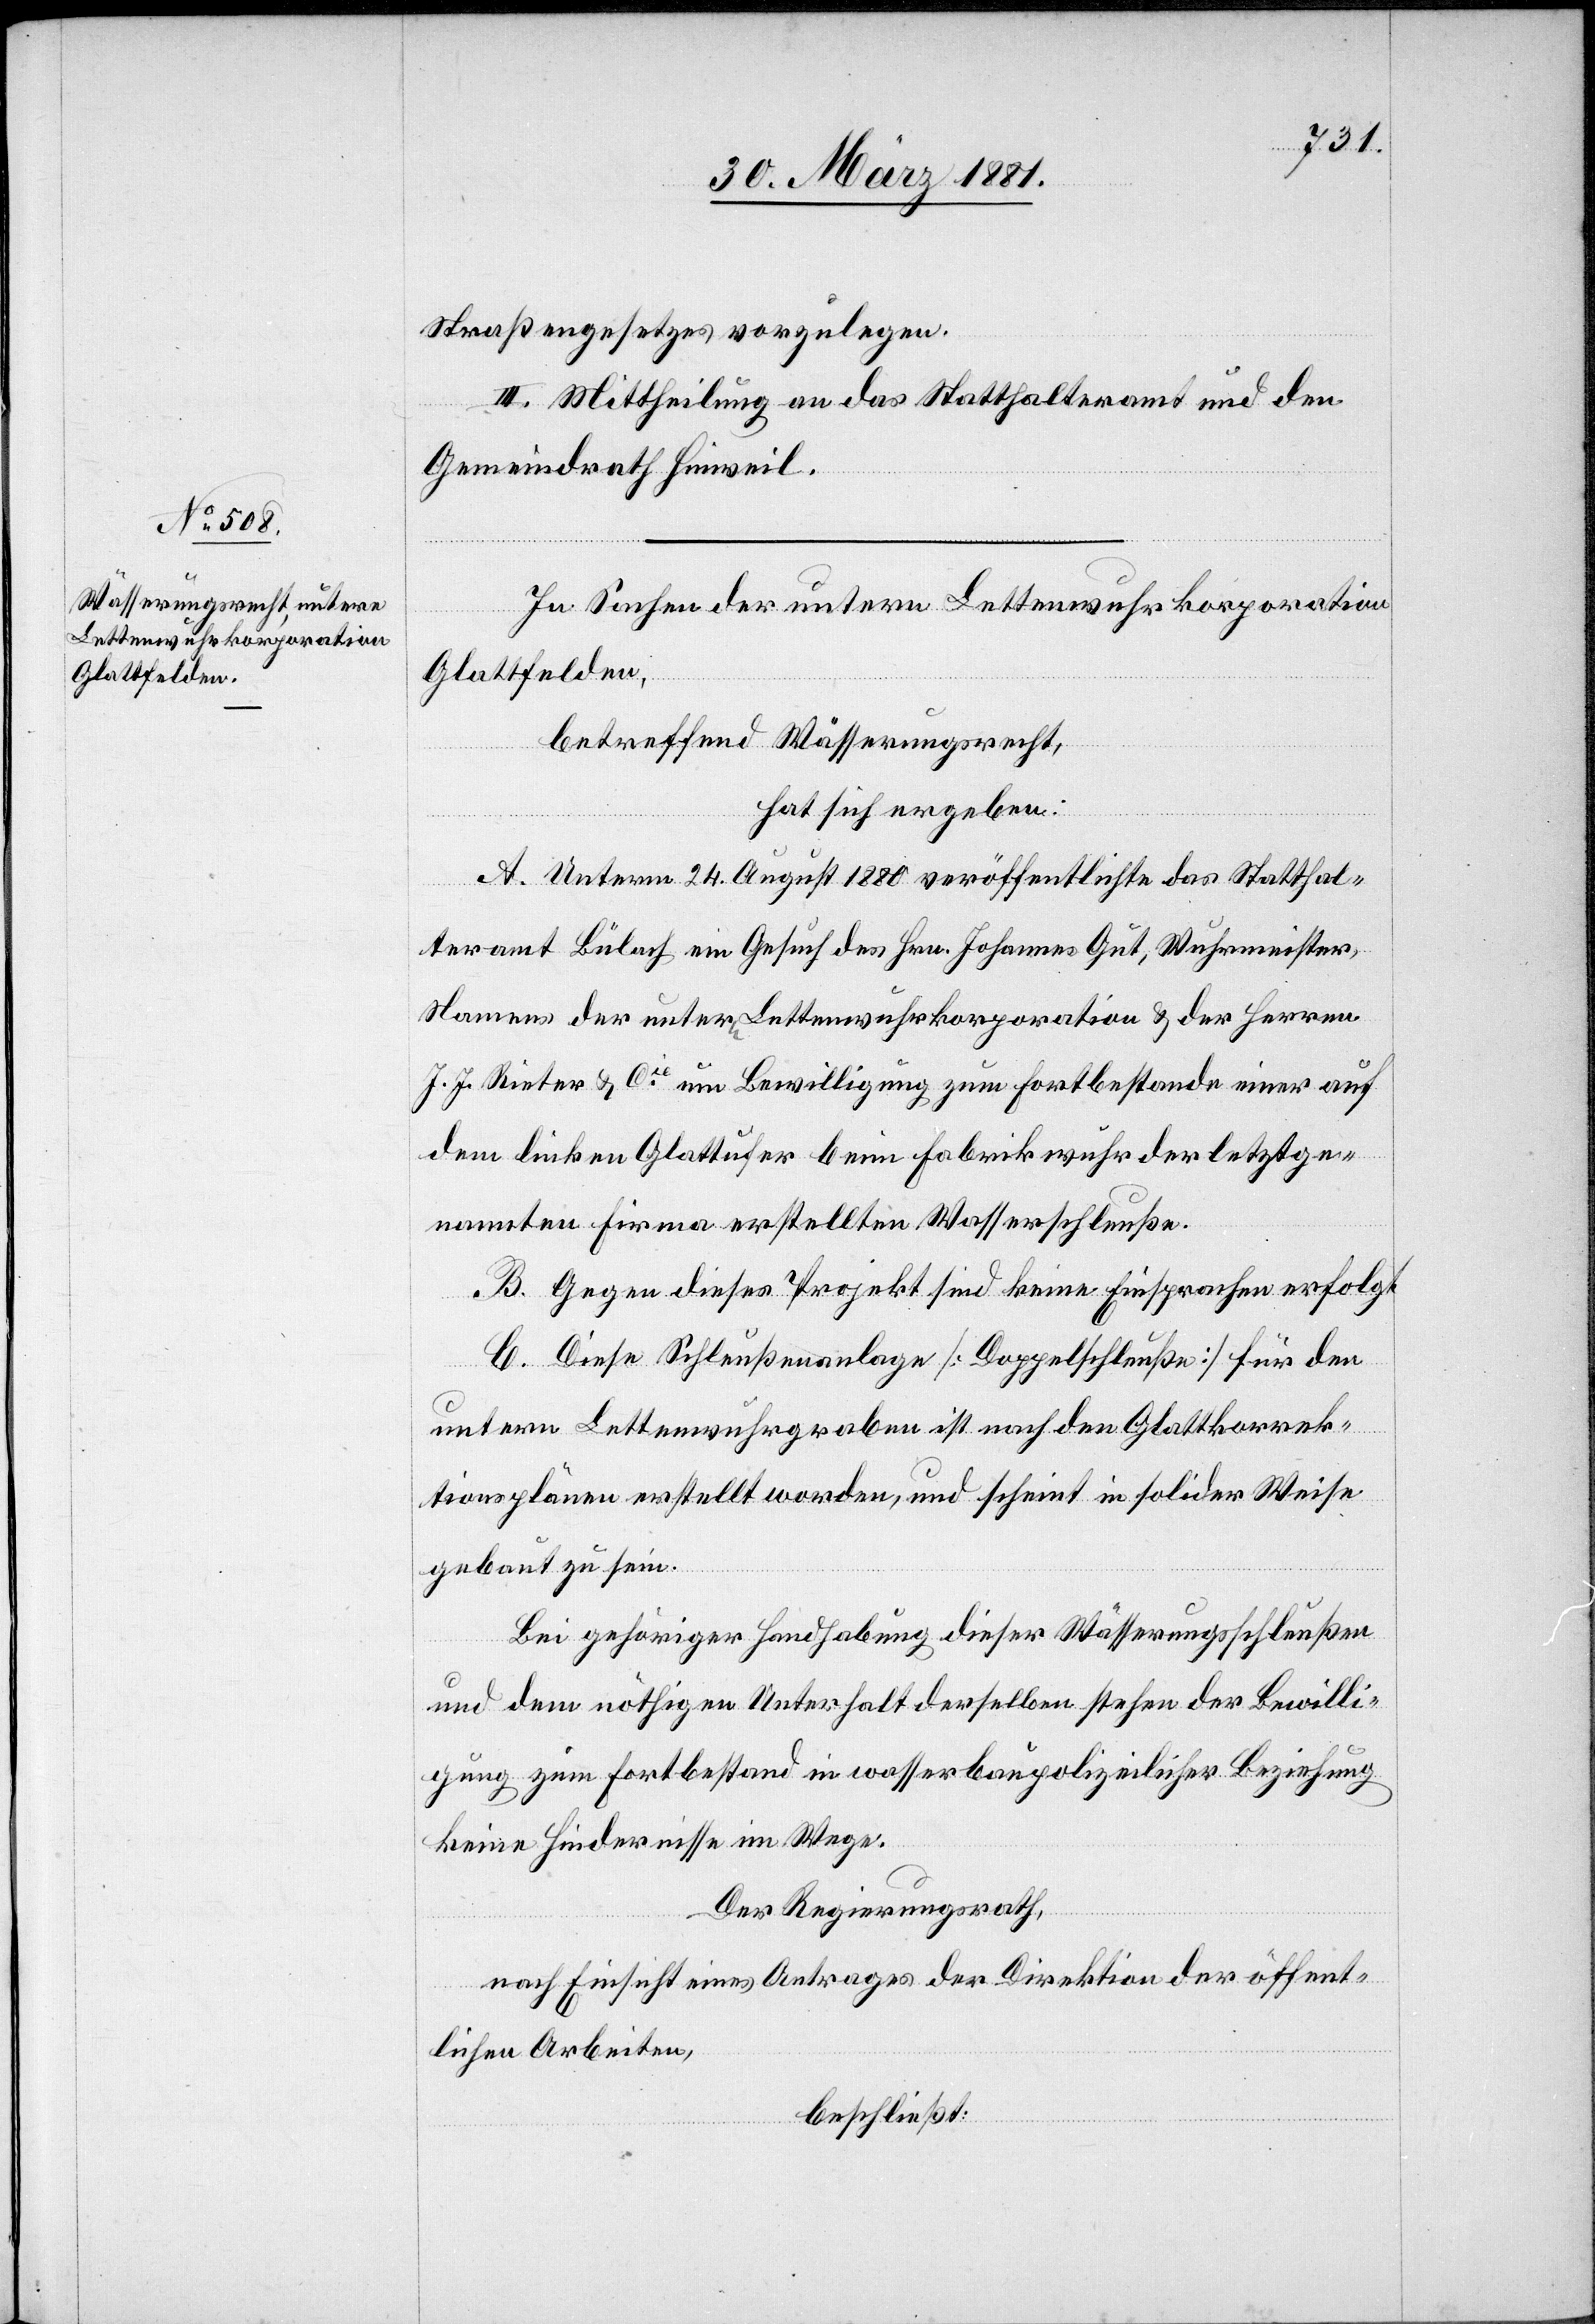
Straßengesetzes vorzulegen.
II. Mittheilung an das Statthalteramt und den
Gemeindrath Hinweil.
In Sachen der untern Lettenwuhrkorporation
Glattfelden,
betreffend Wässerungsrecht,
hat sich ergeben:
A. Unterm 24. August 1880 veröffentlichte das Statthal¬
teramt Bülach ein Gesuch des Hrn. Johannes Gut, Wuhrmeister,
Namens der untern Lettenwuhrkorporation & der Herren
J. J. Rieter & Cie um Bewilligung zum Fortbestande einer auf
dem linken Glattufer beim Fabrikwuhr der letztge¬
nannten Firma erstellten Wasserschleuße.
B. Gegen dieses Projekt sind keine Einsprachen erfolgt.
C. Diese Schleußenanlage [Doppelschleuße] für den
untern Lettenwuhrgraben ist nach den Glattkorrek¬
tionsplänen erstellt worden, und scheint in solider Weise
gebaut zu sein.
Bei gehöriger Handhabung dieser Wässerungsschleußen
und dem nöthigen Unterhalt derselben stehen der Bewilli¬
gung zum Fortbestand in wasserbaupolizeilicher Beziehung
keine Hindernisse im Wege.
Der Regierungsrath,
nach Einsicht eines Antrages der Direktion der öffent¬
lichen Arbeiten,
beschließt: